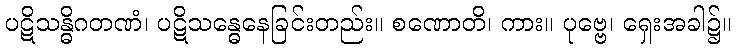
ပဋိသန္ဓိဂတဏံ၊ ပဋိသန္ဓေနေခြင်းတည်း။ စဏောတိ၊ ကား။ ပုဗ္ဗေ၊ ရှေးအခါ၌။